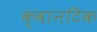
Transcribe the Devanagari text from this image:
क्वानटिक